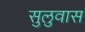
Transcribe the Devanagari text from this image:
सुलुवास